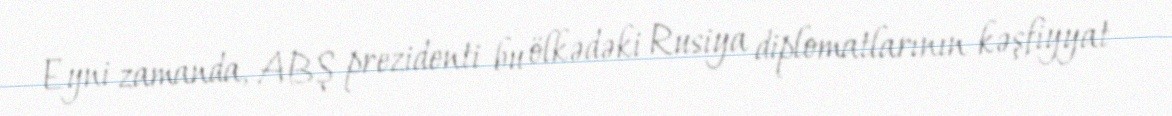
Eyni zamanda, ABŞ prezidenti bu ölkədəki Rusiya diplomatlarının kəşfiyyat